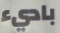
باديء